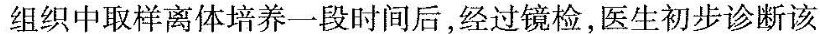
组织中取样离体培养一段时间后，经过镜检，医生初步诊断该